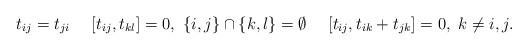
LaTeX: \begin{align*}t_{ij}&=t_{ji} & [t_{ij},t_{kl}]&=0,\ \{i,j\}\cap\{k,l\}=\emptyset & [t_{ij},t_{ik}+t_{jk}]&=0,\ k\neq i,j.\end{align*}